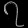
Digit: ၇